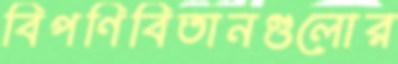
বিপণিবিতানগুলোর